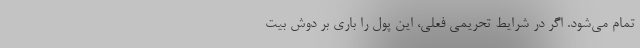
تمام می‌شود. اگر در شرایط تحریمی فعلی، این پول را باری بر دوش بیت